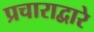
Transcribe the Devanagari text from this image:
प्रचाराद्वारे